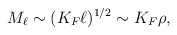
\begin{align*}M_{\ell}\sim (K_F\ell )^{1/2}\sim K_F\rho,\end{align*}